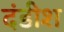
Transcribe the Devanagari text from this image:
दंडीश